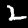
Digit: 2